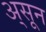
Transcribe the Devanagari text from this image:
अ्सून